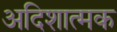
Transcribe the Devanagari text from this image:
अदिशात्मक